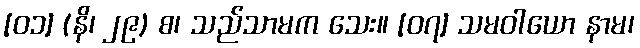
[၀၁] (နိ၊ ၂၉) စ၊ သည်သာမက သေး။ [၀၇] သမဝါယော နာမ၊